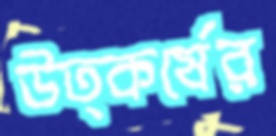
উত্কর্ষের